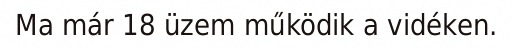
Ma már 18 üzem működik a vidéken.